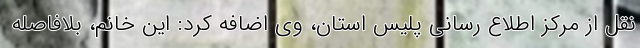
نقل از مرکز اطلاع رسانی پلیس استان، وی اضافه کرد: این خانم، بلافاصله